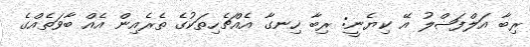
ރިބާ އަލްފަޟްލު އޭ ކިޔެނީ: ރިބާ ހިނގާ އެއްޗެހިތަކުގެ ތެރެއިން އެއް ބާވަތެއްގެ